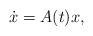
LaTeX: \begin{align*} \dot x=A(t)x, \end{align*}